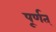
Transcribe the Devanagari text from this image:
पूर्णत्